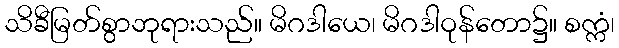
သိခီမြတ်စွာဘုရားသည်။ မိဂဒါယေ၊ မိဂဒါဝုန်တော၌။ စက္ကံ၊